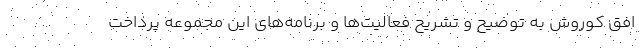
افق کوروش به توضیح و تشریح فعالیت­ها و برنامه­های این مجموعه پرداخت